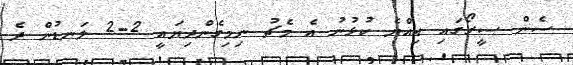
ސެން ސީރޯގައި އިއްޔެ ކުޅުނު އެ މެޗު ނިމިގެންދިޔައީ 2-2 ލަނޑުން ދެ